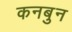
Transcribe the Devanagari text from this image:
कनबुन